Lunatic asylums in Bengal annual reports 1912-1924 - 1912-1924
Year: 1912
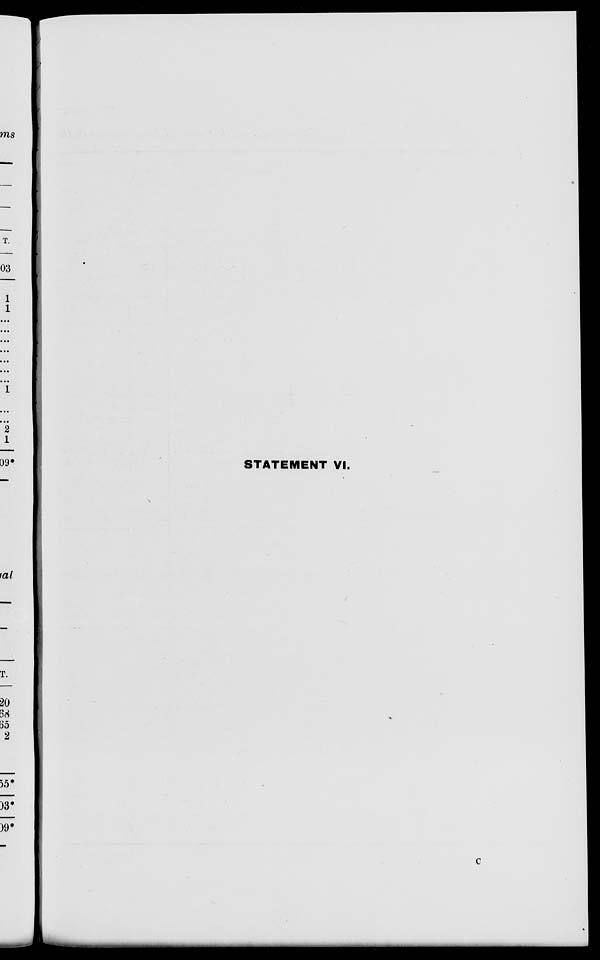
STATEMENT VI.
C